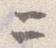
二